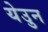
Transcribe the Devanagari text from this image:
येउुन